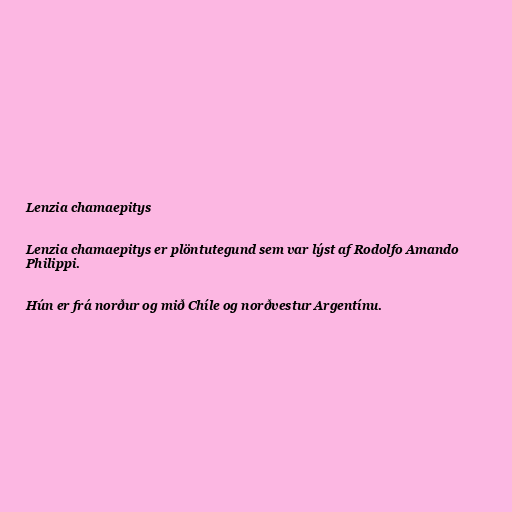
Lenzia chamaepitys

Lenzia chamaepitys er plöntutegund sem var lýst af Rodolfo Amando
Philippi.

Hún er frá norður og mið Chíle og norðvestur Argentínu.